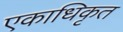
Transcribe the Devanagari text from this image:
एकाधिकृत